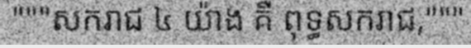
"""សករាជ ៤ យ៉ាង គឺ ពុទ្ធសករាជ,"""